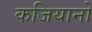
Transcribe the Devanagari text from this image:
कजियानो